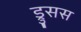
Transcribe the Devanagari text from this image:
ड्रुसस